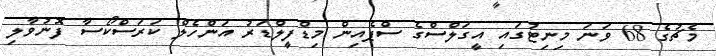
މެޗުގެ 68 ވަނަ މިނިޓުގައި އީގަލްސްގެ ސްޕެއިން މިޑްފީލްޑަރު އަންހެލް ކަރަސްކޯސާ ފޮނުވާލި